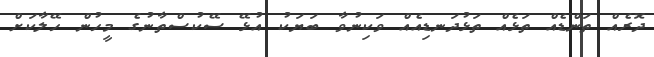
ދޮރެއް ތަންޑެއް ތަޅެއް ތަޅުދަނޑިއެއް ވަކިނުވާ ބަޔަކު އުޅޭ ސޭކުސްތާނުގެ މީހުން ހޭލާކަށް